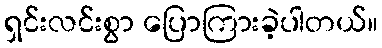
ရှင်းလင်းစွာ ပြောကြားခဲ့ပါတယ်။